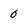
Character: 0